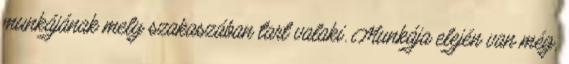
munkájának mely szakaszában tart valaki. Munkája elején van még,